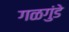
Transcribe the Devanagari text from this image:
गळगुंडे